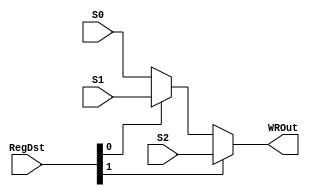
`timescale 1ns / 1ps

module WRMultiplexer(
    input [1:0] RegDst,
    input [4:0] S0,
    input [4:0] S1,
    input [4:0] S2,
    output [4:0] WROut
    );

    assign WROut = RegDst[1] ? S2 : (RegDst[0] ? S1 : S0);

endmodule